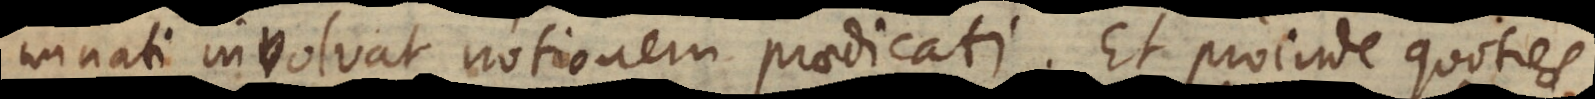
minati involvat notionem praedicati. Et proinde quoties